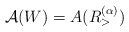
\begin{align*}\mathcal{A}(W)=A(R_{>}^{(\alpha )}) \end{align*}